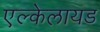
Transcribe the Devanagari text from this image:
एल्केलायड